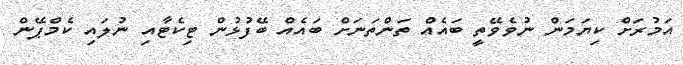
އަމުރަށް ކިޔަމަން ނުވެވޭތީ ބައެއް ތަންތަނަށް ބައެއް ބޭފުޅުން ޓިކެޓާއި ނުލައި ކެމްޕޭން